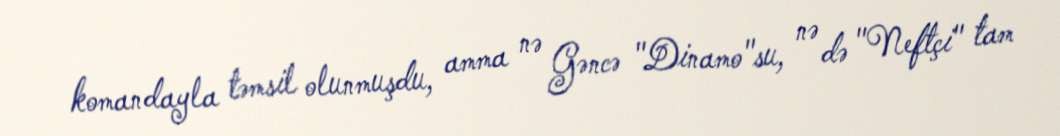
komandayla təmsil olunmuşdu, amma nə Gəncə "Dinamo"su, nə də "Neftçi" tam